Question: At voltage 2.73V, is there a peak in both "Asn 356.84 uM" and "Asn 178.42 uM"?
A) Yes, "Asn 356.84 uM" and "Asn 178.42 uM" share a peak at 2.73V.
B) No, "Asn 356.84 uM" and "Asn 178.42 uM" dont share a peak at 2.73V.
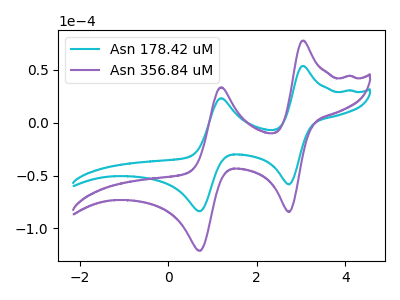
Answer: <think>The cyan curve "Asn 178.42 uM" has anodic peaks at (3.05V, 53.65uA) (1.20V, 23.20uA) and cathodic peaks at (2.75V, -58.30uA) (0.70V, -83.75uA). The purple curve "Asn 356.84 uM" has anodic peaks at (3.05V, 77.65uA) (1.20V, 33.55uA) and cathodic peaks at (2.75V, -84.40uA) (0.70V, -121.20uA).</think>
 <answer>A) Yes, "Asn 356.84 uM" and "Asn 178.42 uM" share a peak at 2.73V.</answer>
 <eval>A</eval>